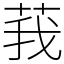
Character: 莪